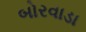
બોરવાડા